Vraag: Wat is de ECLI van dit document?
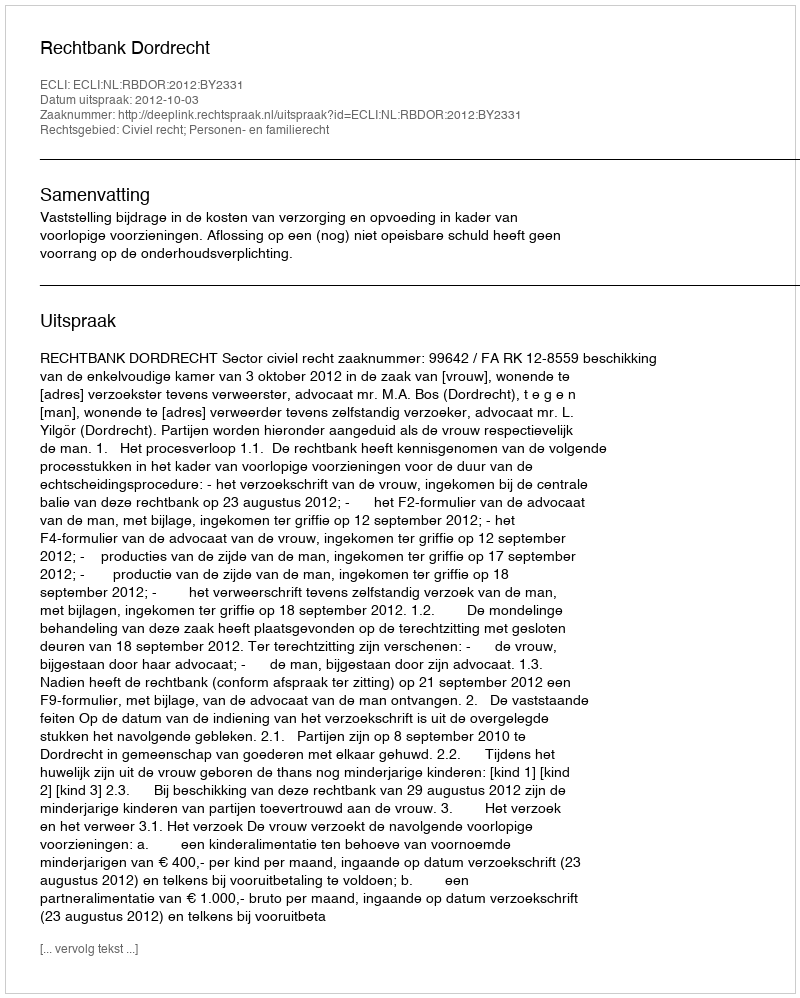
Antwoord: ECLI:NL:RBDOR:2012:BY2331